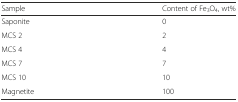
<table><thead><tr><td><b>Sample</b></td><td><b>Content of Fe<sub>3</sub>O<sub>4</sub>, wt%</b></td></tr></thead><tbody><tr><td>Saponite</td><td>0</td></tr><tr><td>MCS 2</td><td>2</td></tr><tr><td>MCS 4</td><td>4</td></tr><tr><td>MCS 7</td><td>7</td></tr><tr><td>MCS 10</td><td>10</td></tr><tr><td>Magnetite</td><td>100</td></tr></tbody></table>